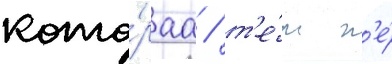
кото́раа / т'е́м н'е́